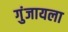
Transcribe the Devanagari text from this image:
गुंजायला